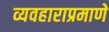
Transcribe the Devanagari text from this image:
व्यवहाराप्रमाणे